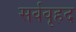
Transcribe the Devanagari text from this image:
सर्ववृहद